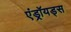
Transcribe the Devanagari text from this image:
एंड्रॉयड्स